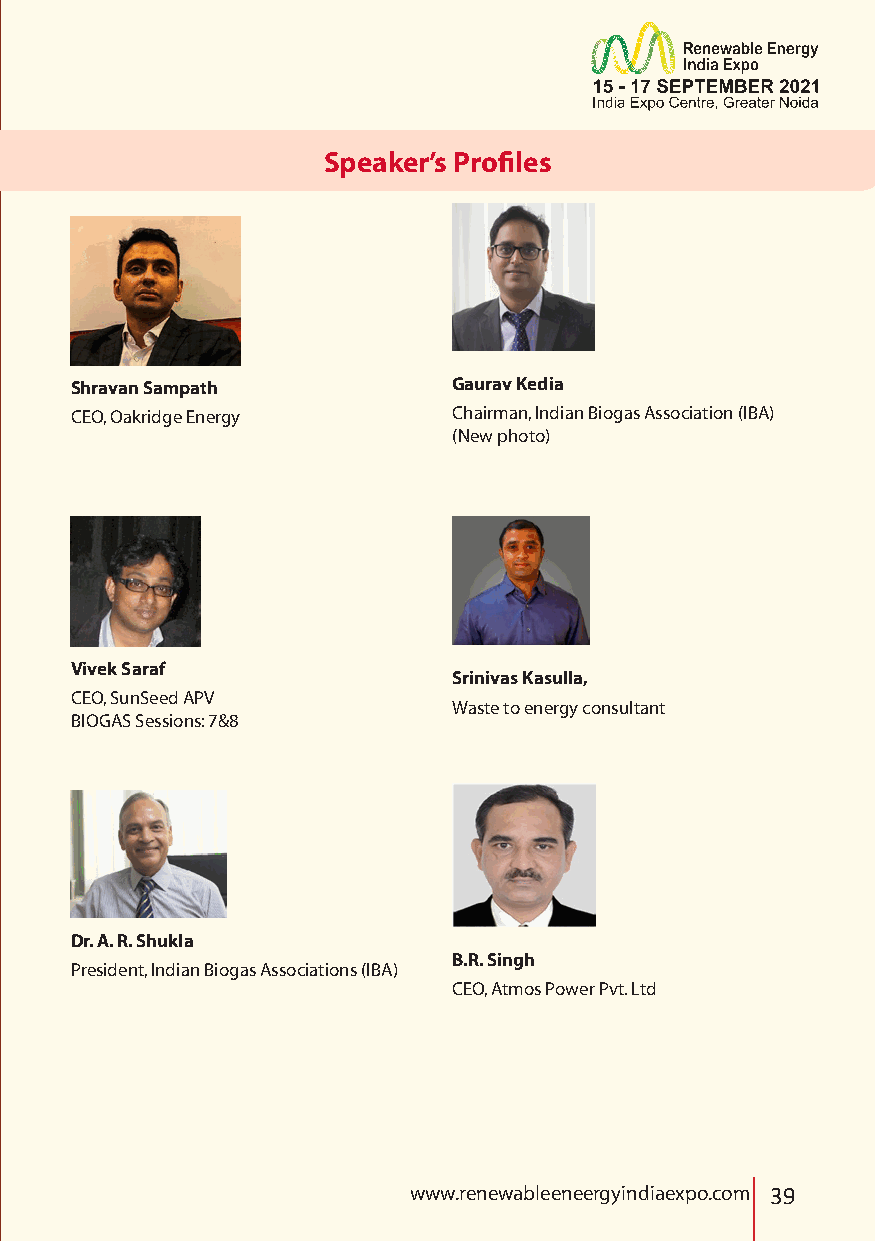
SCpoemapkaenr’ys PPrroofifilleess
 Shravan Sampath          Gaurav Kedia
 CEO, Oakridge Energy     Chairman, Indian Biogas Association (IBA)
 (New photo)
 Vivek Saraf
 Srinivas Kasulla,
 CEO, SunSeed APV
 Waste to energy consultant
 BIOGAS Sessions: 7&8
 Dr. A. R. Shukla
 B.R. Singh
 President, Indian Biogas Associations (IBA)
 CEO, Atmos Power Pvt. Ltd
 www.renewableeneergyindiaexpo.com 39